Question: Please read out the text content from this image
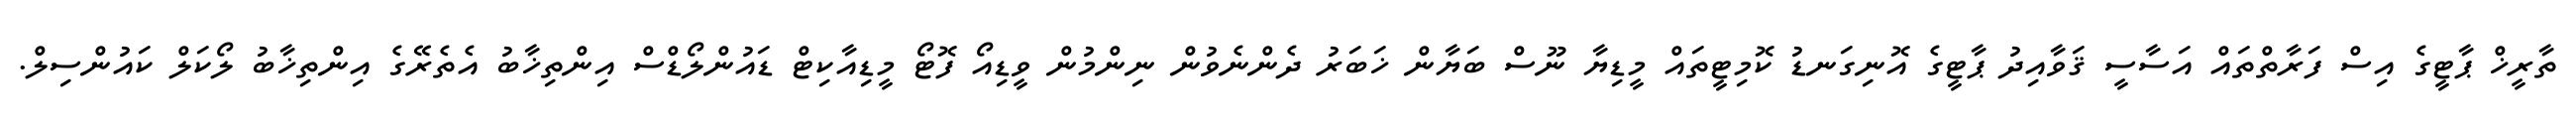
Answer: ތާރީޚް ޕާޓީގެ އިސް ފަރާތްތައް އަސާސީ ޤަވާއިދު ޕާޓީގެ އޮނިގަނޑު ކޮމިޓީތައް މީޑިޔާ ނޫސް ބަޔާން ޚަބަރު ދެންނެވުން ނިންމުން ވީޑިއޯ ފޮޓޯ މީޑިއާކިޓް ޑައުންލޯޑްސް އިންތިޚާބު އެތެރޭގެ އިންތިޚާބު ލޯކަލް ކައުންސިލް.